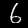
Label: 6